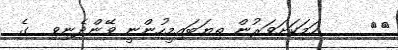
٣٨     ހަމަކަށަވަރުން ތިޔަބައިމީހުންނީ ވޭންދެނިވި  ގެ